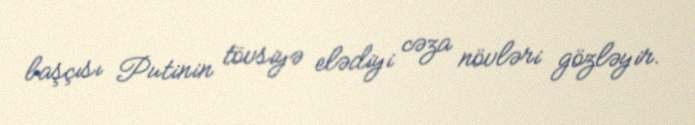
başçısı Putinin tövsiyə elədiyi cəza növləri gözləyir.